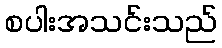
စပါးအသင်းသည်